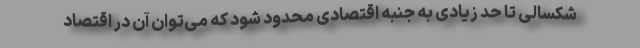
شکسالی تا حد زیادی به جنبه اقتصادی محدود شود که می‌توان آن در اقتصاد